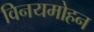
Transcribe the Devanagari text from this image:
विनयमोहन